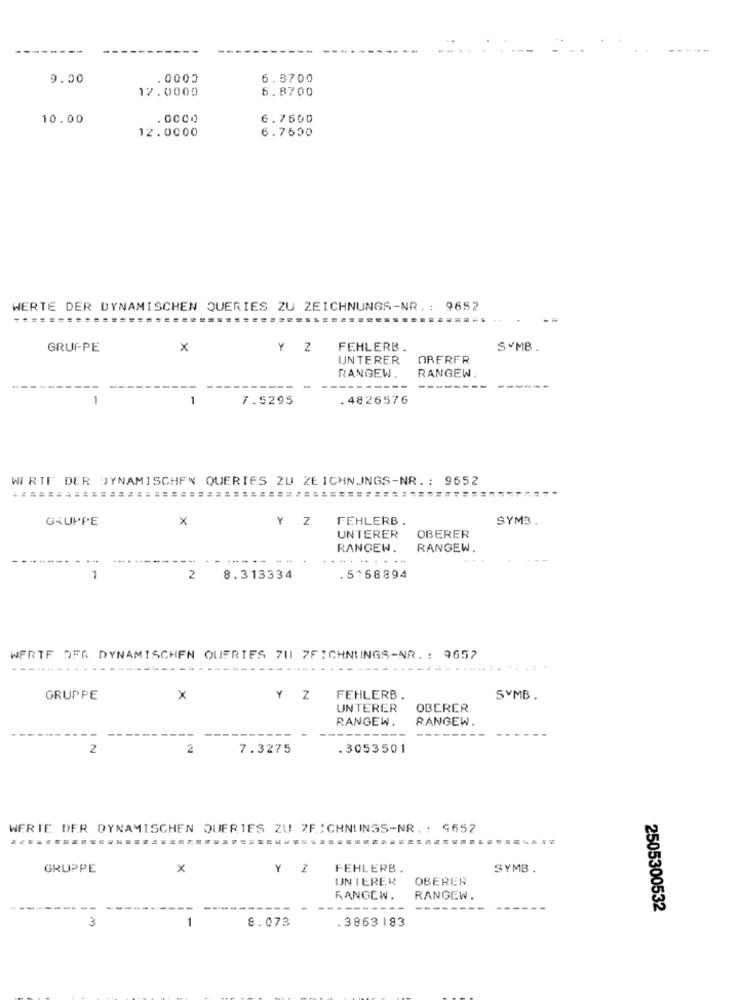
9.00
.0000
6.3700
12.0000
6.8700
10.00
.0000
6.7600
12.0000
6.7500
WERTE DER DYNAMISCHEN QUERIES ZU ZEICHNUNGS-NR. : 9652
GRUPPE
x
Y Z
FEHLERB .
SYMB
UNTERER
ORFRFR
RANGEW
RANGEW .
1
1
7.5295
.4826576
WIRIF DER DYNAMISCHEN QUERIES ZU ZEICHNUNGS-NR. : 9652
GRUPPE
X
Y Z
FEHLERB .
SYM3.
UNTERER
OBERER
RANGEW.
RANGEW.
.........
2
8.313334
.5168894
WERTE DER DYNAMISCHEN QUERIES 70 7FICHNUNGS-NR. : 9657
GRUPPE
×
Y Z
FEHLERB .
SYMB .
UNTERER OBERER
RANGEW.
RANGEW.
2
2
7.3275
.3053501
WERTE DER DYNAMISCHEN QUERIES ZU ZF.ICHNUINGS-NR. : 9652
............
GRUPPE
x
Y
FEHLERB .
SYMB .
UNTERER
OBERER
RANGEW.
RANGEW.
2505300532
3
8.073
1
.3863183